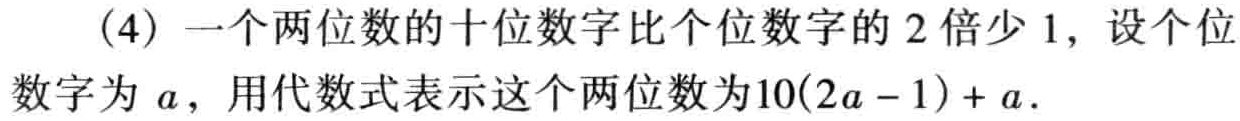
（4）一个两位数的十位数字比个位数字的 2 倍少 1，设个位数字为 \(a\)，用代数式表示这个两位数为\(10(2a - 1) + a\)．